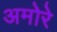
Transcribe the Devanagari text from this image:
अमोरे